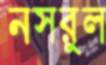
নসরুল